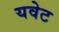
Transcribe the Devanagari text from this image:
यवेट